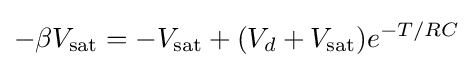
-\beta V_{\text{sat}}=-V_{\text{sat}}+(V_{d}+V_{\text{sat}})e^{-T/RC}